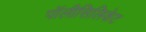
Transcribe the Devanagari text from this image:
पॉलीसिलिकेट